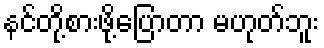
နင်တို့စားဖို့ပြောတာ မဟုတ်ဘူး